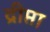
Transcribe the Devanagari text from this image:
द्रीप्ता